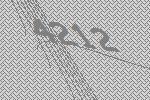
4212